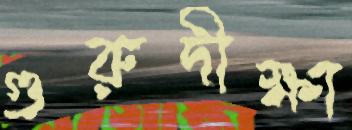
গুরুদীক্ষা